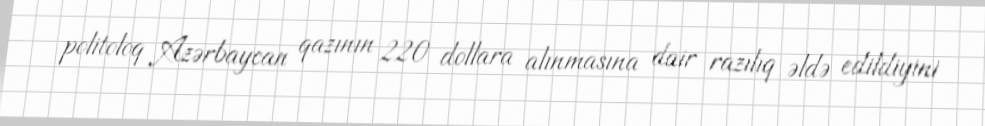
politoloq Azərbaycan qazının 220 dollara alınmasına dair razılıq əldə edildiyini